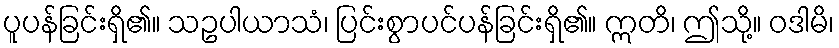
ပူပန်ခြင်းရှိ၏။ သဥပါယာသံ၊ ပြင်းစွာပင်ပန်ခြင်းရှိ၏။ ဣတိ၊ ဤသို့။ ဝဒါမိ၊